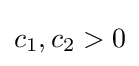
c_{1},c_{2}>0